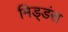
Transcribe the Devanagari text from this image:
मिड्डंस